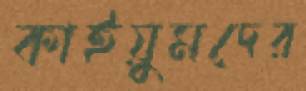
কাইয়ুমদের